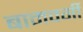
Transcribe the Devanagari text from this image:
बामवर्गी